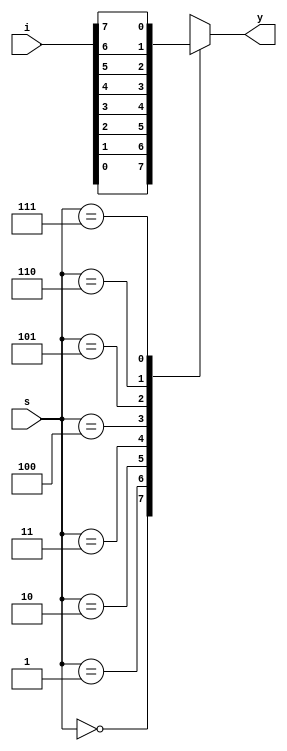
`timescale 1ns / 1ps
//////////////////////////////////////////////////////////////////////////////////
// Company: 
// Engineer: 
// 
// Design Name: 
// Module Name: mux_8x1
// Project Name: 
// Target Devices: 
// Tool Versions: 
// Description: 
// 
// Dependencies: 
// 
// Revision:
// Revision 0.01 - File Created
// Additional Comments:
// 
//////////////////////////////////////////////////////////////////////////////////


module mux_8x1(i,s,y);

input [7:0]i;
input [2:0]s;
output reg y;

always @(*)
begin
    case(s)
        
        3'b000 : y = i[0];
        3'b001 : y = i[1];
        3'b010 : y = i[2];
        3'b011 : y = i[3];
        3'b100 : y = i[4];
        3'b101 : y = i[5];
        3'b110 : y = i[6];
        3'b111 : y = i[7];
        
        default : begin end
        
    endcase
end

endmodule